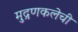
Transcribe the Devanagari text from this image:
मुद्रणकलेची